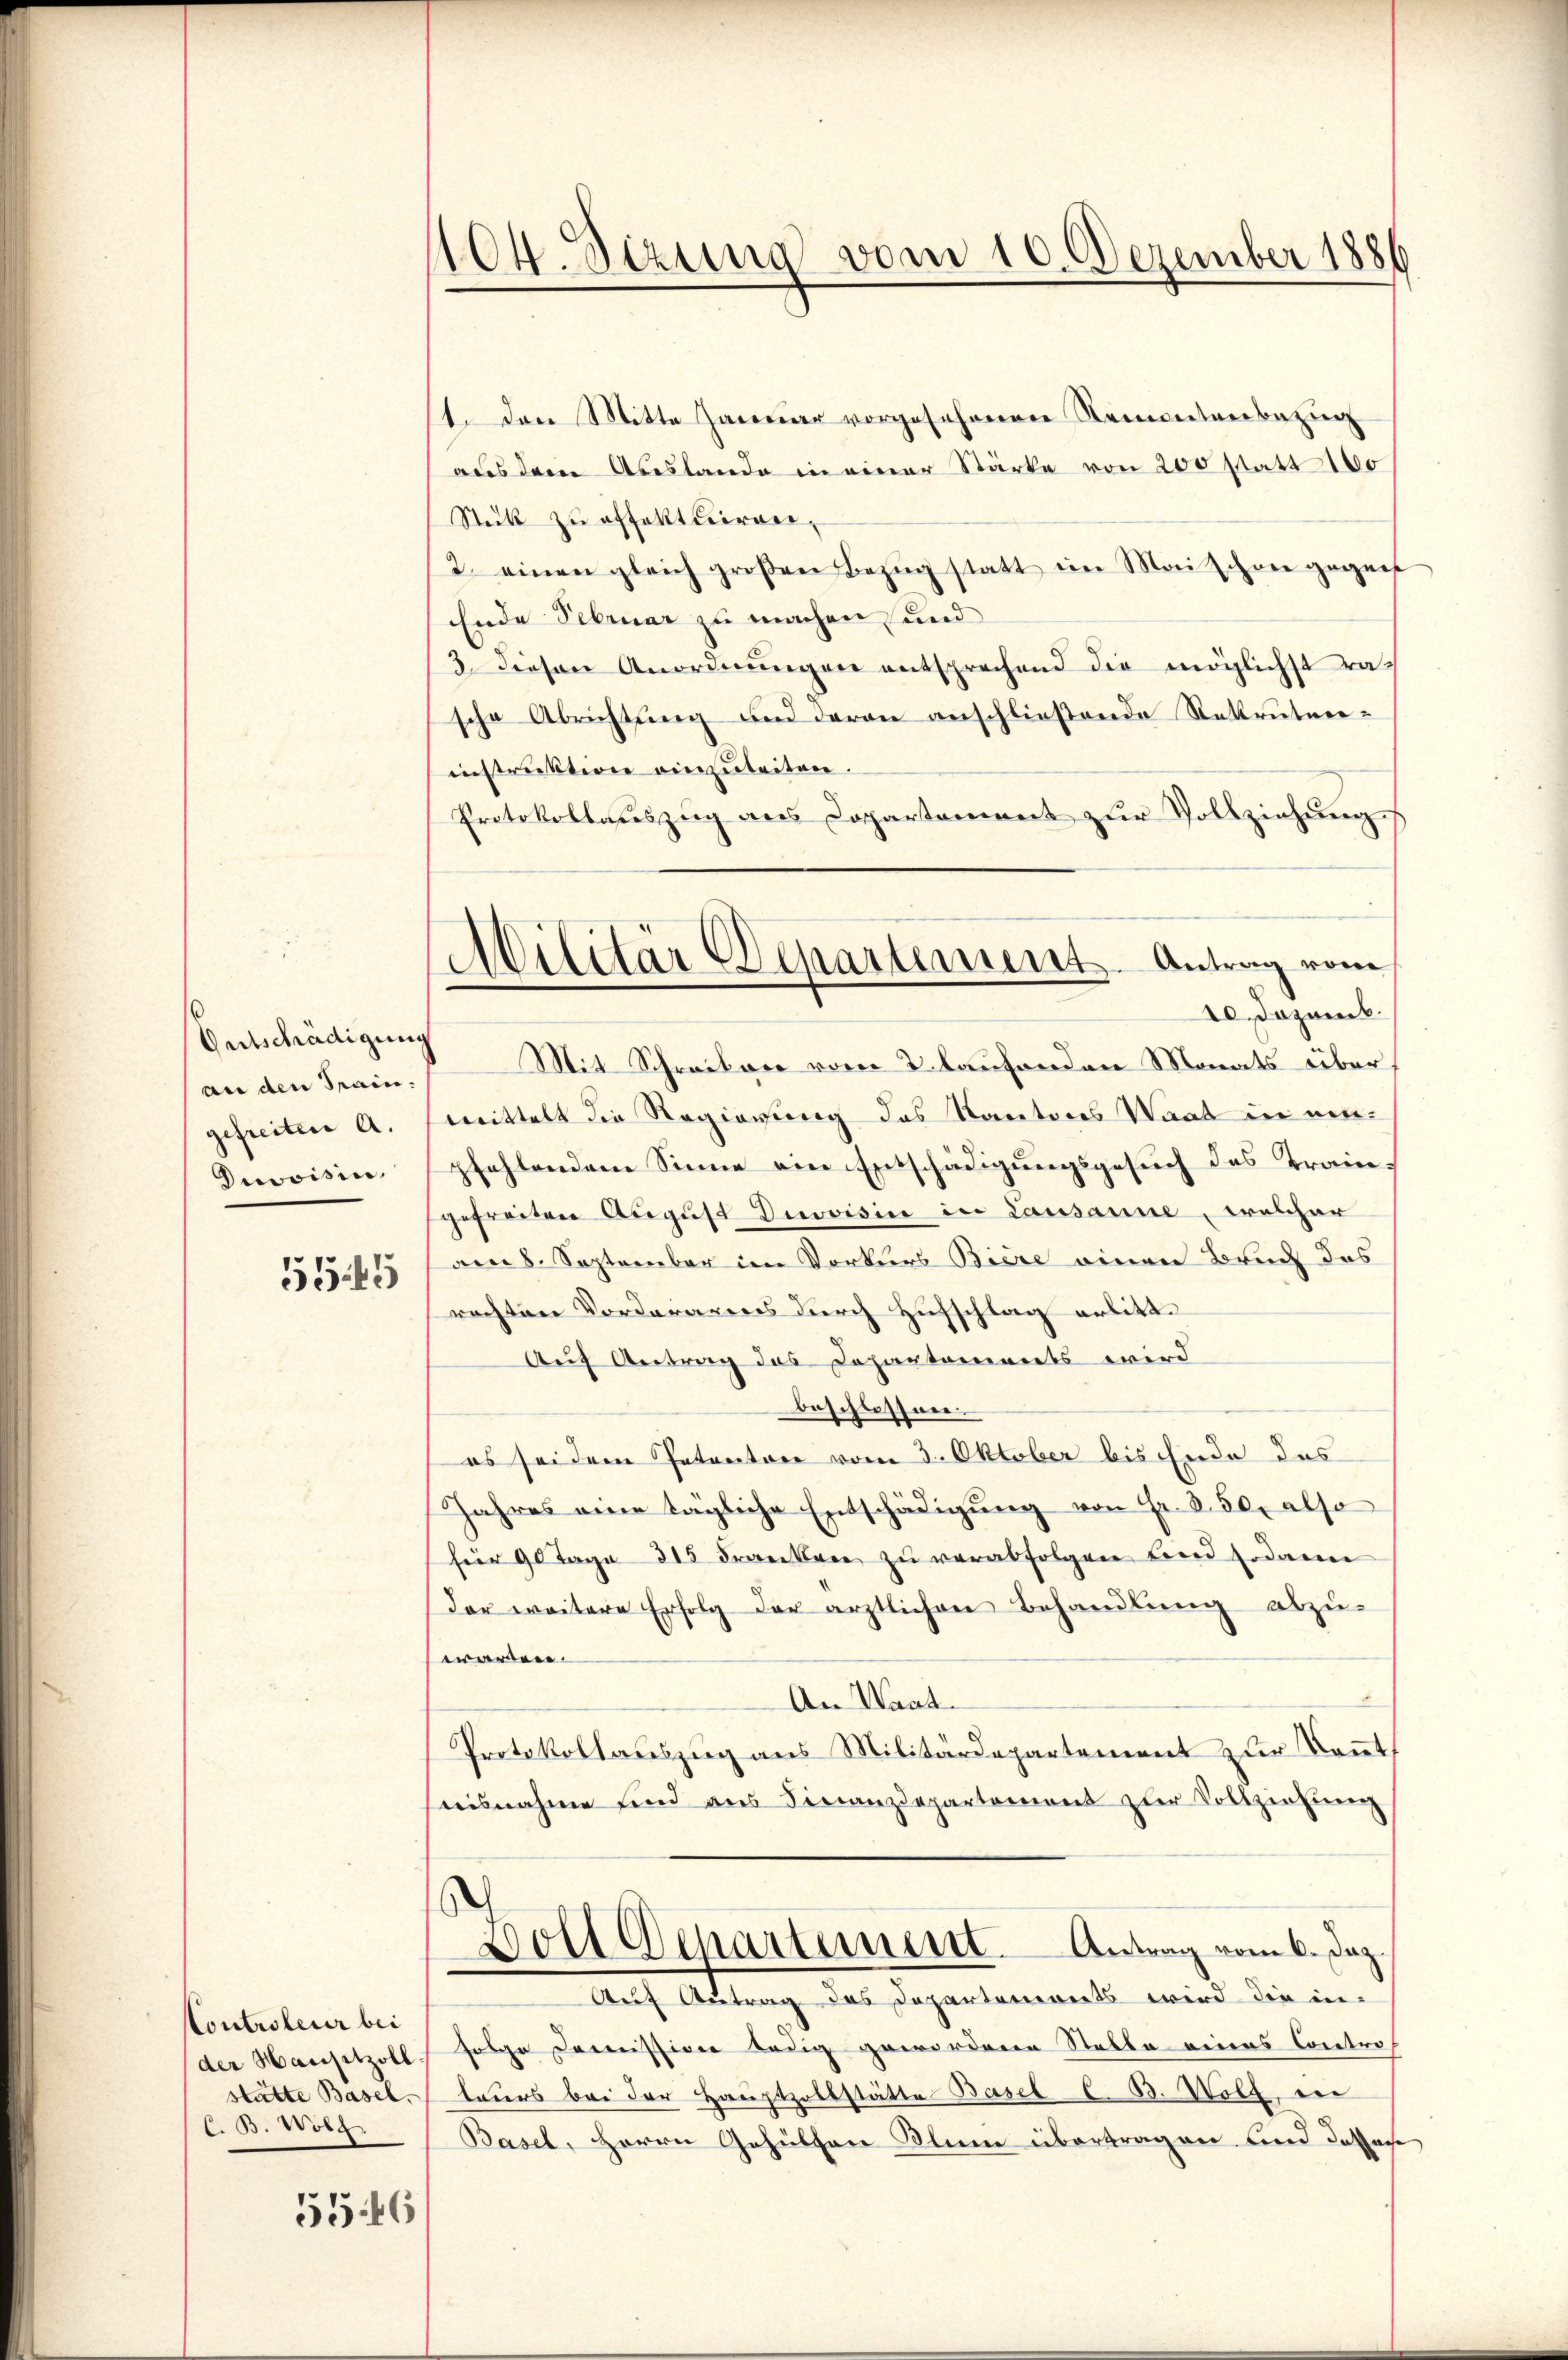
Entschädigung
an den Train.
gefreiten A.
Divoisin.

555

Controleur bei
(der Hansitzoll
stätte Basel.
C. B. Wolg

5546

104. Sizung vom 10. Dezember 1886

1. Den Mitte Januar vorgesehenen Namentenbezug
aus dem Abeslande in einer Stärke von 200 statt 180
Stück zu offektuiren,
2. einen gleich großen Bezŭg statt im Maischene gegenf
Ende Februar zu machen, und
3. Diesen Anordnŭngen entsprechend die möglichst rasche Abrichtung und deren anschließende Rekruteninstruktion einzuleiten.
Protokollauszug aus Dopartement zŭr Vollziehung
10. Dezemb.
Mit Schreiben vom 2. laufenden Monats über
mittelt die Regierung das Kantons Saat in einpfehlendem Sinne ein Entschädigungsgesuch des Traingefreiten August Divoisin in Lausanne, welcher
am 8. September im Vorkurs Biere einen Bruch des
rachten Vorderares durch Zufschlag erlitt.
Auf Antrag des Departements wird
beschlossen.
es sei dem Petenton vom 3. Oktober bis Ende das
Jahres eine tägliche Entschädigung von Fr. 850, also
für 90 Tage 315 Franken zŭ verabfolgen und sodann
Der weitere Erfolg der ärztlichen Behandlung abzu-
warden.
An Waat.
Protokollauszug aus Militärdepartement zur Kont
nisnahme sind aus Finanzdepartement zur Vollziehung
Dolt Separtement. Antrag vom 6. Dez.
Auf Antrag des Departanereits wird die in-
folge Domission ledig geworderen Stelle eines Contro
teurs bei der Hauptzollstätte Basel C. B. Wolf, in
Basel, Herrn Gehülfen Kleine übertragen und dassere

Militär Departement. Antrag vom